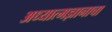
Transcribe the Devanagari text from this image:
अध्यात्मज्ञानाचा